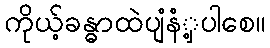
ကိုယ့်ခန္ဓာထဲပျံနံံှ့ပါစေ။